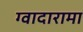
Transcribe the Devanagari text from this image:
ग्वादारामा